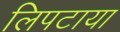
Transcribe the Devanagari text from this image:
लिपटाया